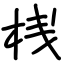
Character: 桟